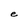
Character: e